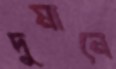
দুমানে